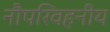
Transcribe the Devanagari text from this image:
नौपरिवहनीय